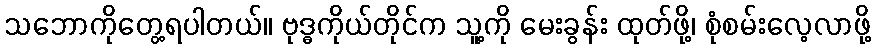
သဘောကိုတွေ့ရပါတယ်။ ဗုဒ္ဓကိုယ်တိုင်က သူ့ကို မေးခွန်း ထုတ်ဖို့၊ စုံစမ်းလေ့လာဖို့